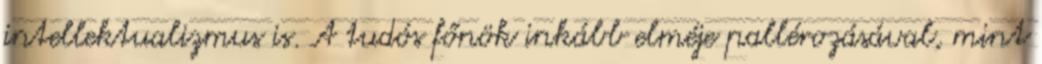
intellektualizmus is. A tudós főnök inkább elméje pallérozásával, mint